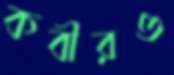
কবীরও